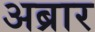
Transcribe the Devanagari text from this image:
अब्रार